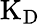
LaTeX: \mathrm{K}_{\mathrm{D}}